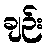
ချဉ်း